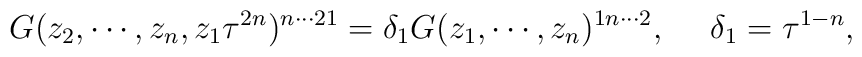
G(z_2,\cdots,z_n,z_1\tau^{2n})^{n \cdots 21}=\delta_1 G(z_1,\cdots,z_n)^{1n\cdots2}, ~~~~\delta_1 =\tau^{1-n},